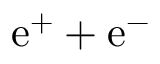
\mathrm { e ^ { + } + e ^ { - } }